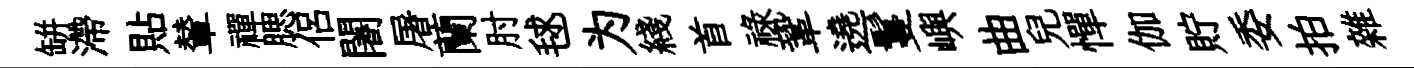
缾滯貼輦禪腮侶闍屠蘭肘毬为綫首祿鞏遶鬘嶼曲兒憚伽貯委拍雜